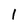
Character: 1